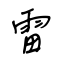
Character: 雷